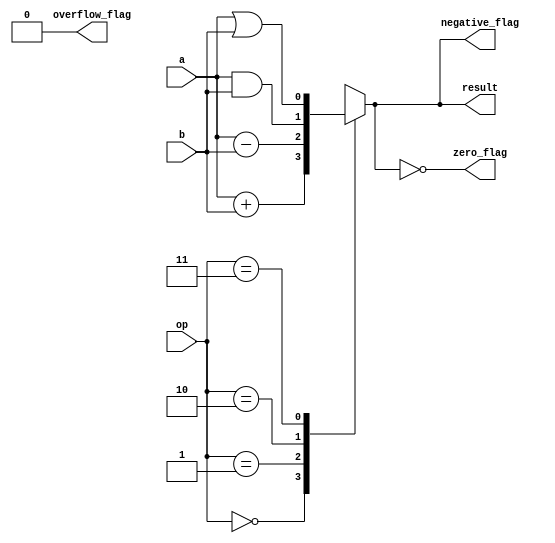
module alu_1bit (
    input [1:0] op, // operation select signal
    input a, b, // 1-bit inputs
    output reg result, // 1-bit output
    output reg zero_flag, // flag indicating result is zero
    output reg negative_flag, // flag indicating result is negative
    output reg overflow_flag // flag indicating overflow during arithmetic operations
);

always @(*)
begin
   zero_flag = (result == 1'b0);
   negative_flag = (result[0] == 1'b1);
   overflow_flag = 1'b0; // Currently not supporting overflow detection
  
   case(op)
       2'b00: // Addition operation
           result = a + b;
       2'b01: // Subtraction operation
           result = a - b;
       2'b10: // Bitwise AND operation
           result = a & b;
       2'b11: // Bitwise OR operation
           result = a | b;
   endcase
end

endmodule